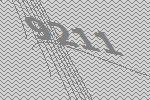
9211